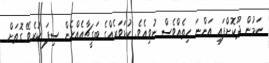
ކަމުން ދޫކޮށްފައި އަންނަ ހިތެއްވެސް ނުވިއެވެ. ކުޑަވަރެއްގެ ބަގީޗާއެއްހެން ސިފަ ކުރެވޭ ގޮތަށް